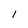
Character: 1